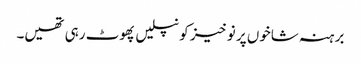
برہنہ شاخوں پر نوخیز کونپلیں پھوٹ رہی تھیں۔